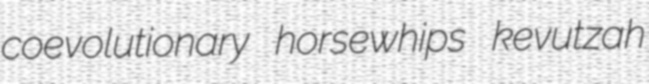
coevolutionary horsewhips kevutzah